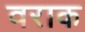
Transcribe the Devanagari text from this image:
वराक